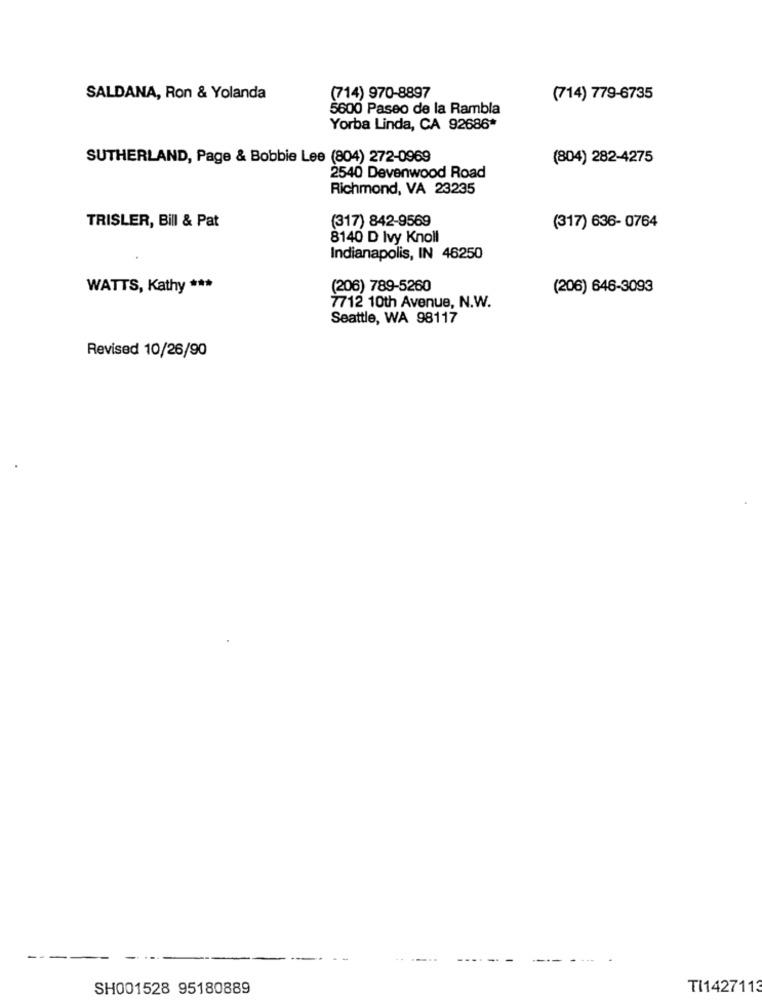
SALDANA, Ron & Yolanda
(714) 970-8897
(714) 779-6735
5600 Paseo de la Rambla
Yorba Linda, CA 92686*
SUTHERLAND, Page & Bobbie Lee (804) 272-0969
(804) 282-4275
2540 Devenwood Road
Richmond, VA 23235
(317) 842-9569
TRISLER, Bill & Pat
(317) 636- 0764
8140 D Ivy Knoll
Indianapolis, IN 46250
WATTS, Kathy ***
(206) 789-5260
(206) 646-3093
7712 10th Avenue, N.W.
Seattle, WA 98117
Revised 10/26/90
SH001528 95180889
TI1427113